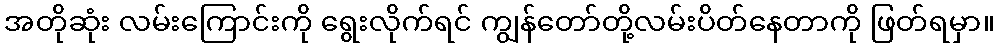
အတိုဆုံး လမ်းကြောင်းကို ရွေးလိုက်ရင် ကျွန်တော်တို့လမ်းပိတ်နေတာကို ဖြတ်ရမှာ။